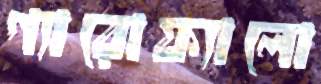
গ্যারোফ্যালো